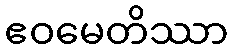
ဧဝမေတိဿာ